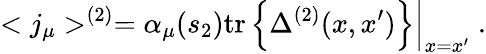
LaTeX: <j_{\mu}>^{(2)}=\alpha_{\mu}(s_{2})\left.\mathrm{tr}\left\{ \Delta^{(2)}(x,x^{\prime})\right\} \right|_{x=x^{\prime}}\; .